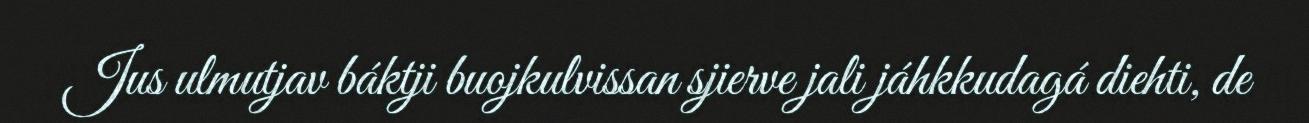
Jus ulmutjav báktji buojkulvissan sjierve jali jáhkkudagá diehti, de